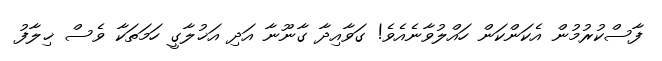
ފާސްކުރުމުން އެކަންކަން ހައްލުވާނެއެވެ! ގަވާއިދާ ގާނޫނާ އަދި އަޚުލާގީ ހަމަތަކާ ވެސް ޚިލާފު